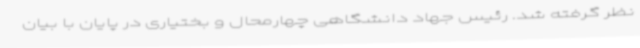
نظر گرفته شد. رئیس جهاد دانشگاهی چهارمحال و بختیاری در پایان با بیان